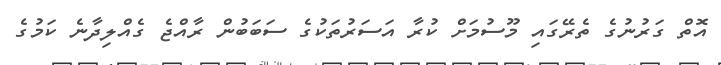
އޮތް ގަރުނުގެ ތެރޭގައި މޫސުމަށް ކުރާ އަސަރުތަކުގެ ސަބަބުން ރާއްޖެ ގެއްލިދާނެ ކަމުގެ